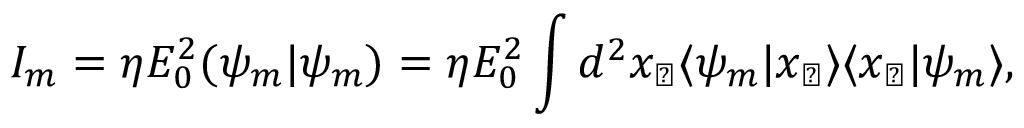
I _ { m } = \eta E _ { 0 } ^ { 2 } ( \psi _ { m } | \psi _ { m } ) = \eta E _ { 0 } ^ { 2 } \int d ^ { 2 } x _ { \perp } \langle \psi _ { m } | x _ { \perp } \rangle \langle x _ { \perp } | \psi _ { m } \rangle ,